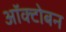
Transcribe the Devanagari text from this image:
ऑक्टोबन